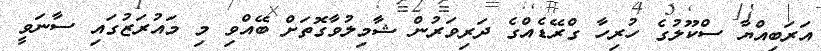
އަރަބިއްޔާ ސްކޫލުގެ ހުރިހާ ގްރޭޑެއްގެ ދަރިވަރުން ޝާމިލުވާގޮތަށް ބޭއްވި މި މައުރަޒުގައި ސާނަވީ